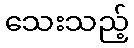
သေးသည့်